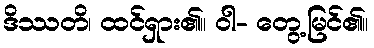
ဒိဿတိ၊ ထင်ရှား၏။ ဝါ- တွေ့မြင်၏။